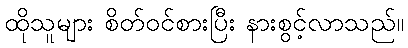
ထိုသူများ စိတ်ဝင်စားပြီး နားစွင့်လာသည်။